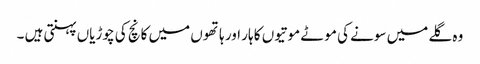
وہ گلے میں سونے کی موٹے موتیوں کا ہار اور ہاتھوں میں کانچ کی چوڑیاں پہنتی ہیں ۔